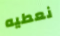
نعطيه